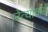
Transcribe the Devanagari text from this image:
नेत्याकडे